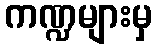
ကဏ္ဍများမှ